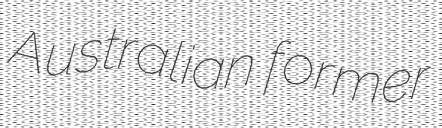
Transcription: Australian former